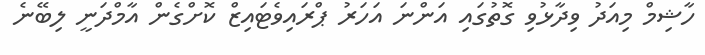
ހާޝިމް މިއަދު ވިދާޅުވި ގޮތުގައި އަންނަ އަހަރު ޕްރައިވެޓައިޒް ކޮށްގެން އާމްދަނީ ލިބޭނެ